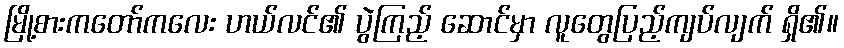
မြို့စားကတော်ကလေး ဟယ်လင်၏ ပွဲကြည့် ဆောင်မှာ လူတွေပြည့်ကျပ်လျက် ရှိ၏။